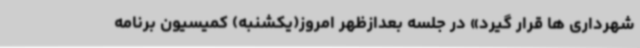
شهرداری ها قرار گیرد» در جلسه بعدازظهر امروز(یکشنبه) کمیسیون‌ برنامه